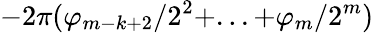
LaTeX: -2\pi(\varphi_{m-k+2}/2^{2}+...+\varphi_{m}/2^{m})